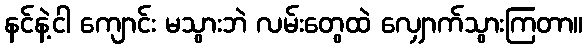
နင်နဲ့ငါ ကျောင်း မသွားဘဲ လမ်းတွေထဲ လျှောက်သွားကြတာ။